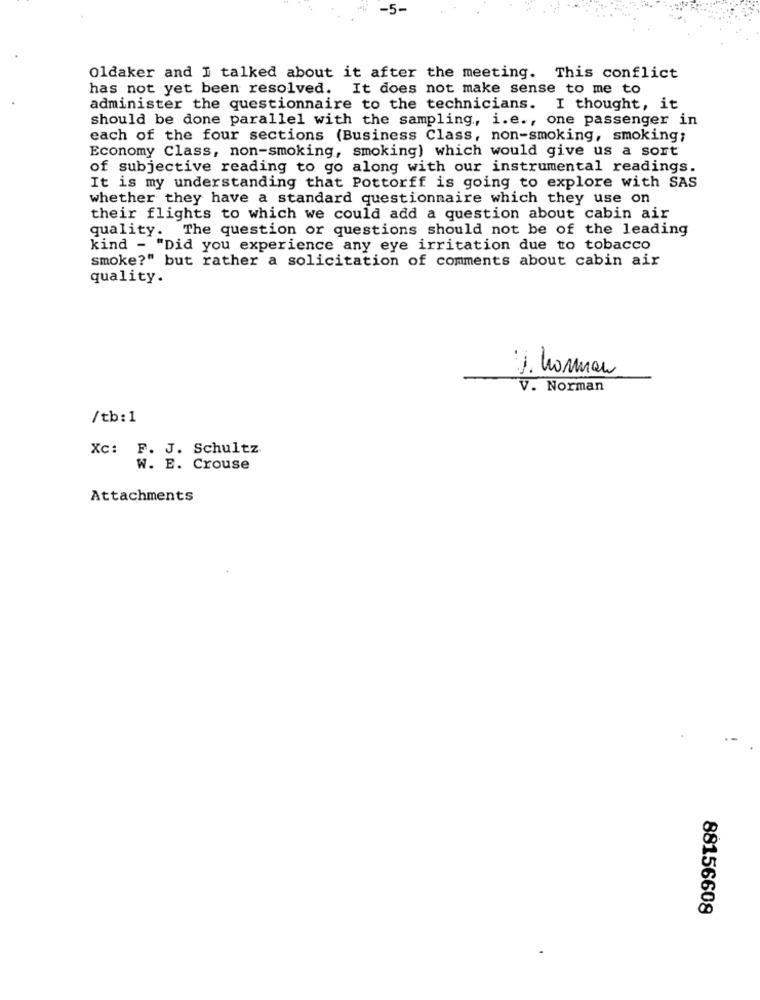
-5-
Oldaker and I talked about it after the meeting. This conflict
has not yet been resolved. It does not make sense to me to
administer the questionnaire to the technicians. I thought, it
should be done parallel with the sampling, i.e ., one passenger in
each of the four sections (Business Class, non-smoking, smoking;
Economy Class, non-smoking, smoking) which would give us a sort
of subjective reading to go along with our instrumental readings.
It is my understanding that Pottorff is going to explore with SAS
whether they have a standard questionnaire which they use on
their flights to which we could add a question about cabin air
quality. The question or questions should not be of the leading
kind - "Did you experience any eye irritation due to tobacco
smoke?" but rather a solicitation of comments about cabin air
quality.
J. hormon
V. Norman
/tb: 1
Xc: F. J. Schultz
W. E. Crouse
Attachments
88156608